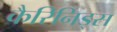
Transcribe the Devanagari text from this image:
कैरिनिड्स